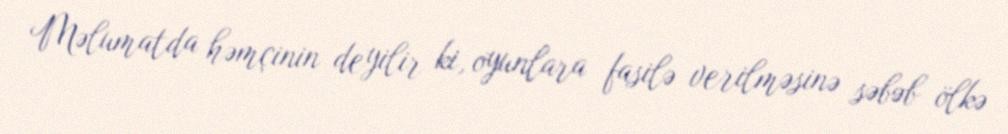
Məlumatda həmçinin deyilir ki, oyunlara fasilə verilməsinə səbəb ölkə